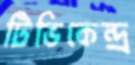
টিভিকেন্দ্র